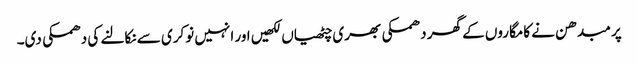
پرمبدھن نے کامگاروں کے گھر دھمکی بھری چٹھیاں لکھیں اور انہیں نوکری سے نکالنے کی دھمکی دی۔